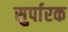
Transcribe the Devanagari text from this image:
सुर्पारक